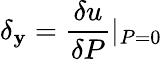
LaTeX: \delta_{\mathbf{y}}=\frac{{\delta{u}}}{{\delta{P}}}\textbar{_{P=0}}